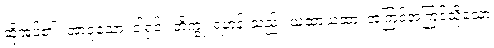
ဆိုအပ်၏။ အာဝုသော၊ ငါ့ရှင်။ ဘိက္ခု၊ ရဟန်းသည်။ ယထာယထာ၊ အကြင်အကြင်သို့သော